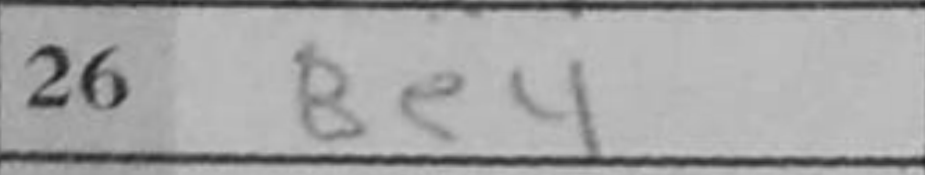
Transcription: Be4